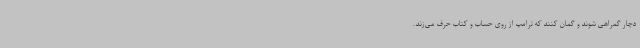
دچار گمراهی شوند و گمان کنند که ترامپ از روی حساب و کتاب حرف می‌زند.